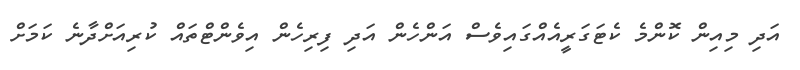
އަދި މިއިން ކޮންމެ ކެޓަގަރީއެއްގައިވެސް އަންހެން އަދި ފިރިހެން އިވެންޓްތައް ކުރިއަށްދާނެ ކަމަށް